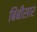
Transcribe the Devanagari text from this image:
बिंबीसार